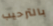
بالترحيب